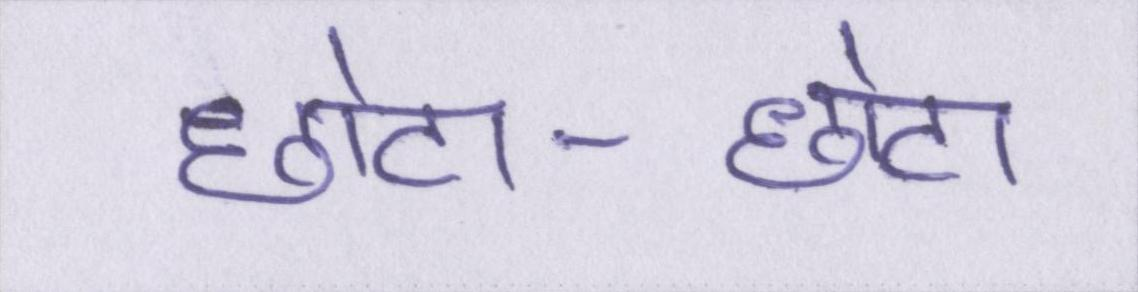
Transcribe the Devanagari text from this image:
छोटा-छोटा